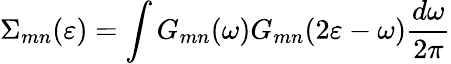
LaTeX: \Sigma_{mn}(\varepsilon)=\int G_{mn}(\omega)G_{mn}(2\varepsilon-\omega)\frac{d\omega}{2\pi}